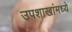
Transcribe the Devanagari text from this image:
उपशाखांमध्ये